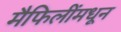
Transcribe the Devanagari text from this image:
मैफिलींमधून